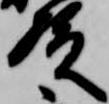
殿